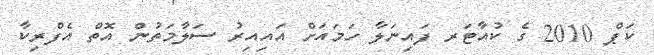
ކަޕް 2010 ގެ ކުއާޓަރ ފައިނަލާ ހަމައަށް އައިއިރު ސަލާމަތުން އޮތް އެފްރިކާ